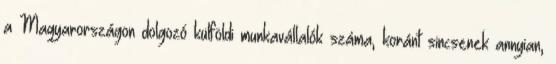
a Magyarországon dolgozó külföldi munkavállalók száma, koránt sincsenek annyian,